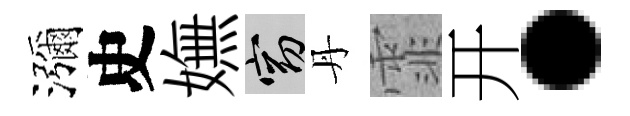
瀰史嫵窈丹霏开·